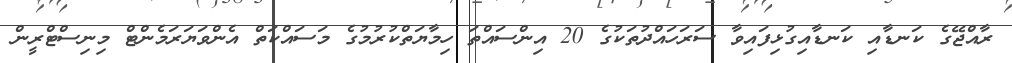
ރާއްޖޭގެ ކަނޑާއި ކަނޑާއިގުޅިފައިވާ ސަރަހައްދުތަކުގެ 20 އިންސައްތަ ހިމާޔަތްކުރުމުގެ މަސައްކަތް އެންވަޔަރަމެންޓް މިނިސްޓްރީން